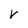
Character: V